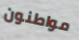
مواطنون